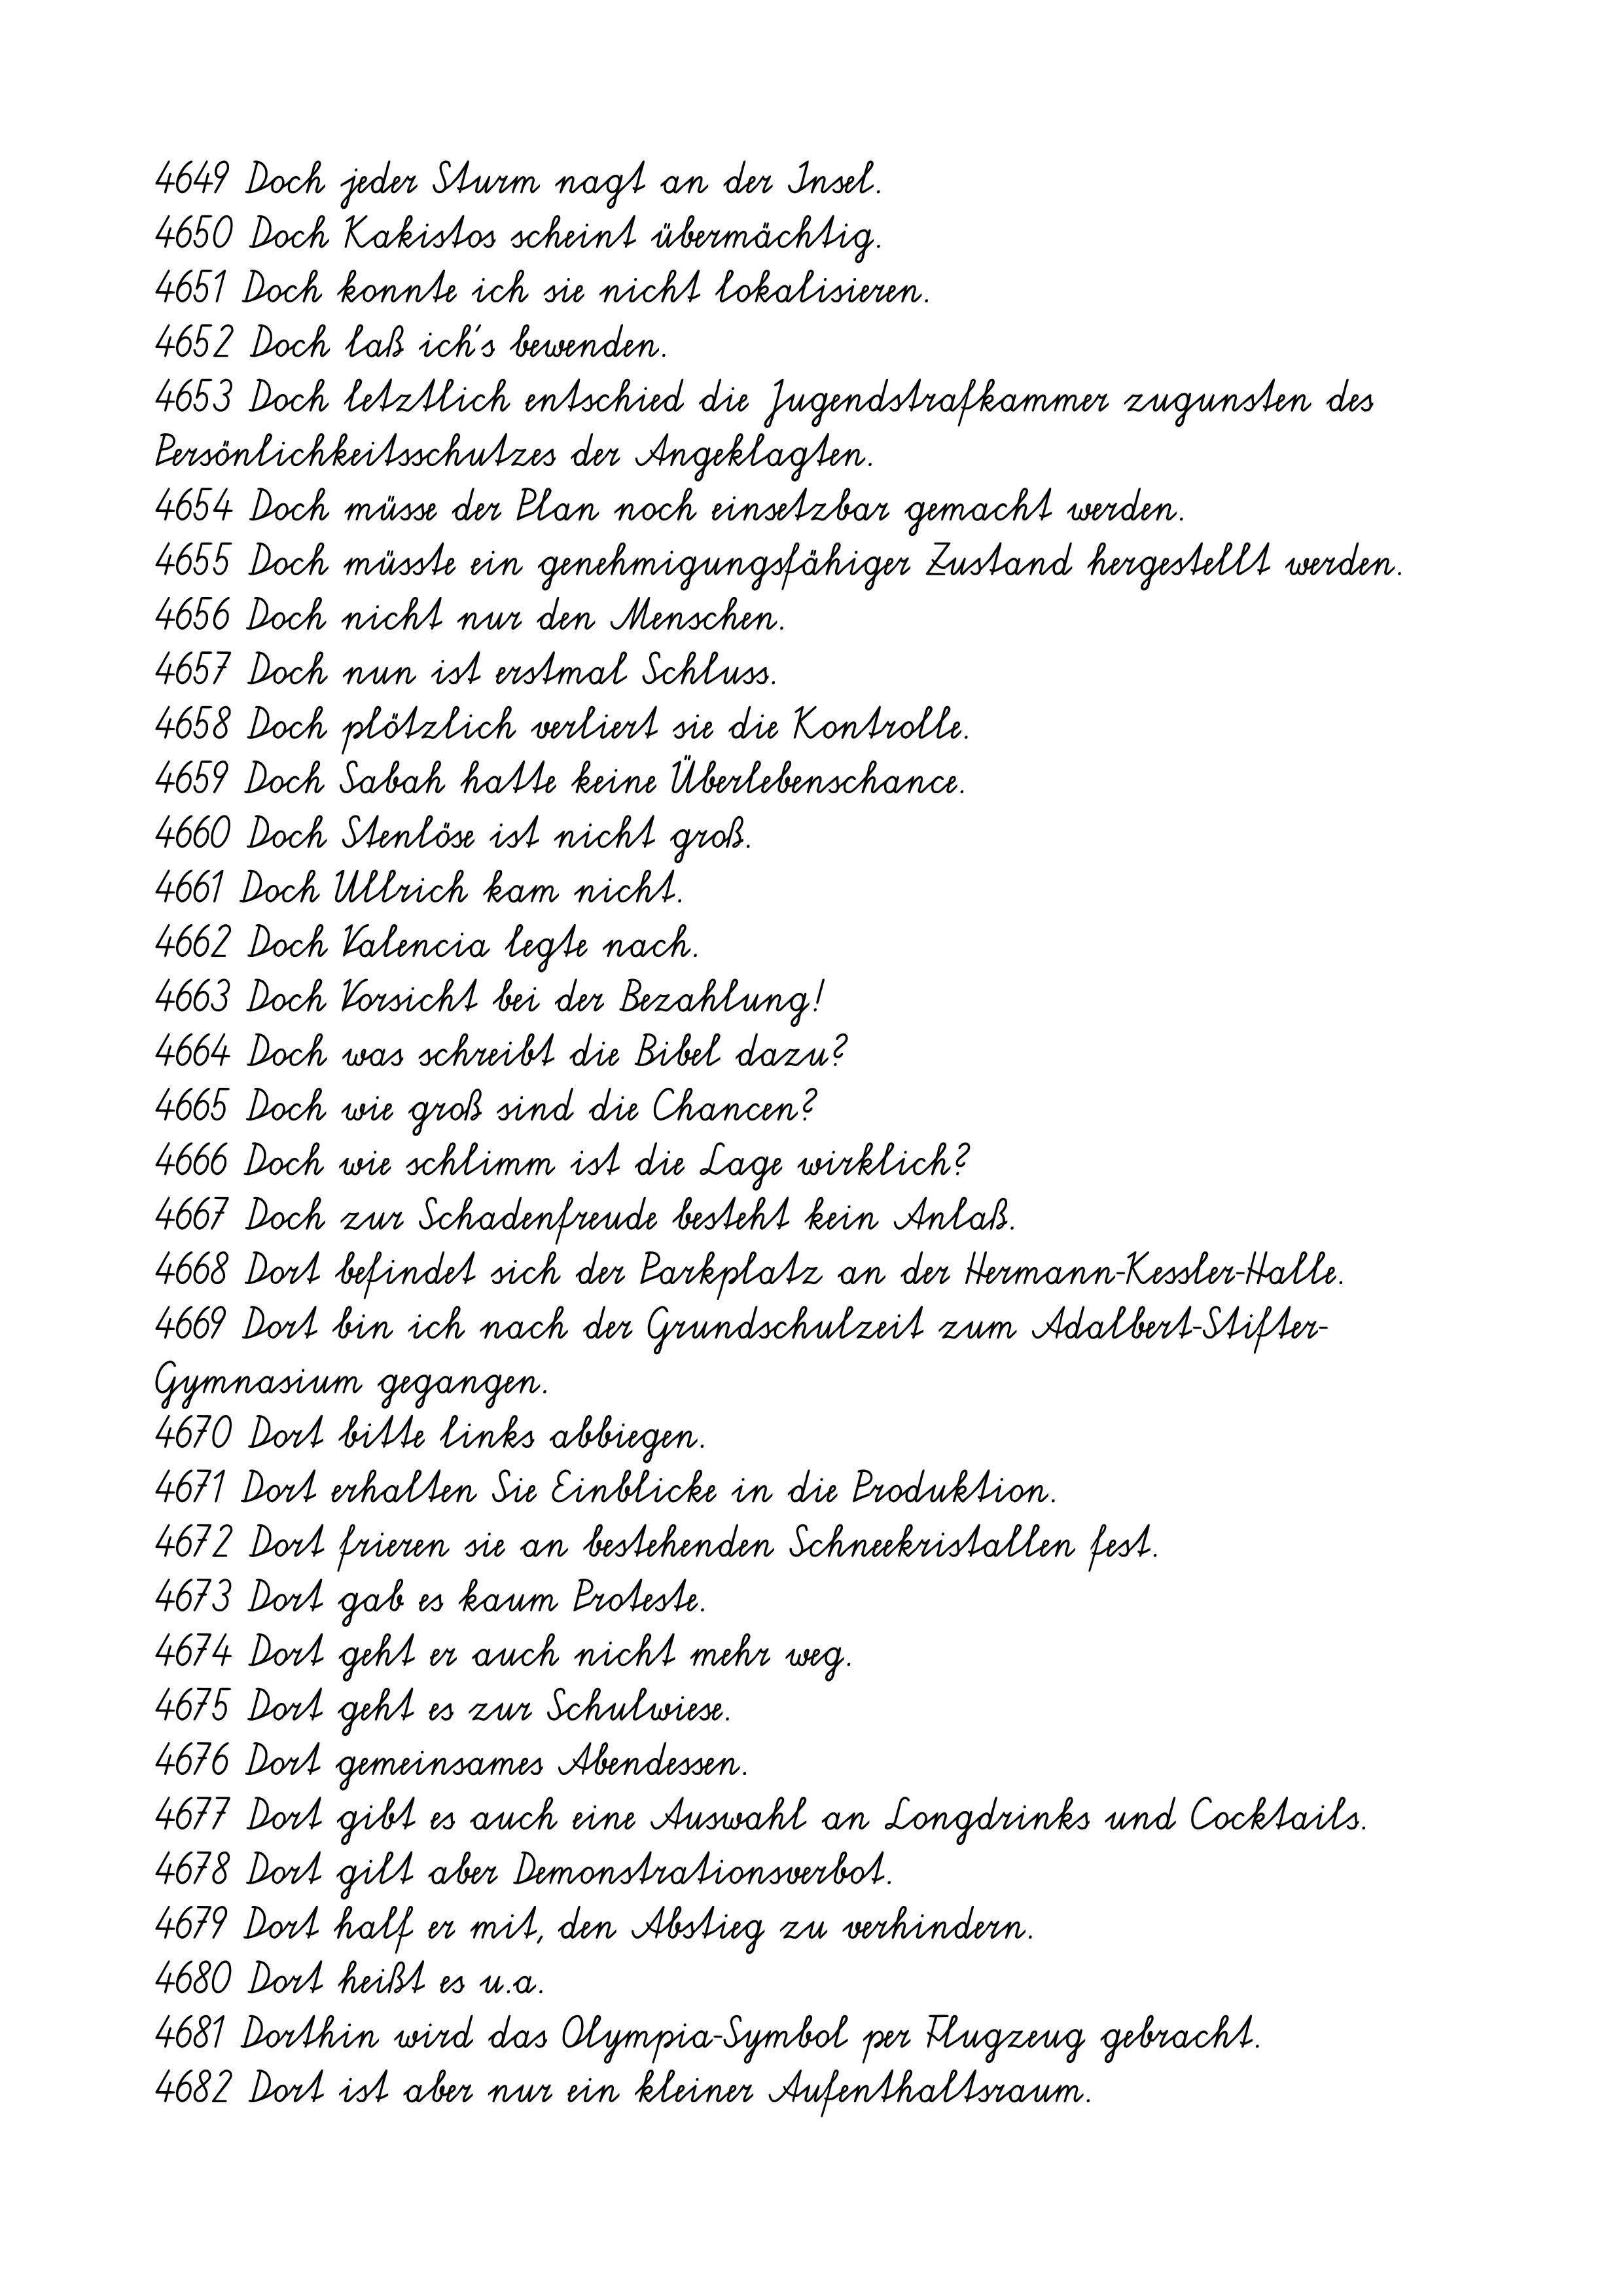
4683 Dort ist die Verschlammungsgefahr besonders hoch.
4684 Dort ist Selbstbedienung angesagt.
4685 Dort kann sie jeder sehen.
4686 Dort können auch Projektförderanträge eingereicht werden.
4687 Dort können Sie beliebige Texte eingeben.
4688 Dort konnte ich jede Menge mitnehmen.
4689 Dort lägen die Dinge zur Entscheidung.
4690 Dort leben bereits 300 Menschen.
4691 Dort leben sie in Bäumen.
4692 Dort lenkt sie die Arbeit von 700 Beschäftigten.
4693 Dort liefen Kundendaten des genossenschaftlichen Bankenverbunds
auf.
4694 Dort machte er sein Abitur.
4695 Dortmund 3:31,97 Fischer, Daniel 88 TSV Kabel 1882 24.06.
4696 Dort muss die Erwerbsfähigkeit der Klägerin überprüft werden.
4697 Dort regte sich Widerstand.
4698 Dort sah er das größte Potenzial an Unterstützern.
4699 Dort sind auch die Genehmigungsverfahren für bestimmte Anlagen
geregelt.
4700 Dort sollen 1000 Arbeitsplätze abgebaut werden.
4701 Dort sollen genaue Untersuchungen durchgeführt werden.
4702 Dort stahlen sie einen Computer.
4703 Dort standen früher Zapfsäulen.
4704 Dort stieg der Umsatz um 18,5 Prozent auf 19,627 Milliarden
Dollar.
4705 Dort teilen wir bei Festen große Brote.
4706 Dort traf er sich mit Litwinenko.
4707 Dort verfasste er für verschiedene Bands Liedertexte.
4708 Dort wäre der Haftungsausschluß also wirksam.
4709 Dort war es zu diesem Zeitpunkt trocken.
4710 Dort werden die Proben in einem mobilen Feldlabor analysiert.
4711 Dort werden Sie von erfahrenen Ausbildern betreut.
4712 Dort wird auch der komplette Bericht zum Download angeboten.
4713 Dort wohnt der Großmagier.
4714 Dort wurde es von dem Wagen erfasst.
4715 Dort wurden 200 Schweine gehalten.